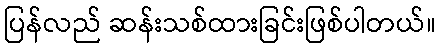
ပြန်လည် ဆန်းသစ်ထားခြင်းဖြစ်ပါတယ်။